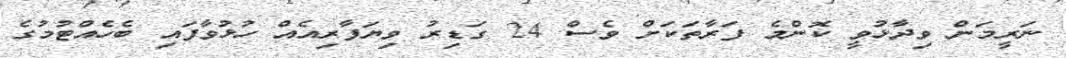
ނަރީމަން ވިދާޅުވީ ކޮންމެ ފަރާތަކަށް ވެސް 24 ގަޑިރު ވިޔަފާރިއެއް ހުޅުވާފައި ބެހެއްޓުމުގެ